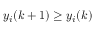
y _ { i } ( k + 1 ) \geq y _ { i } ( k )